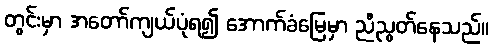
တွင်းမှာ အတော်ကျယ်ပုံရ၍ အောက်ခံမြေမှာ ညီညွတ်နေသည်။